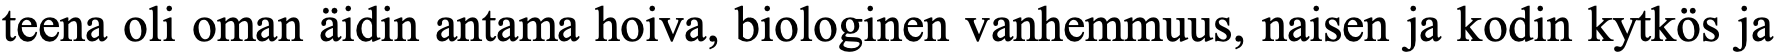
teena oli oman äidin antama hoiva, biologinen vanhemmuus, naisen ja kodin kytkös ja